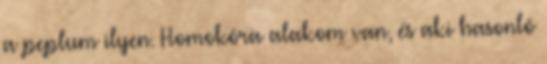
a peplum ilyen. Homokóra alakom van, és aki hasonló